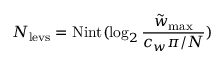
N _ { \mathrm { l e v s } } = \mathrm { N i n t } ( \log _ { 2 } \frac { \tilde { w } _ { \mathrm { m a x } } } { c _ { w } \pi / N } )